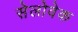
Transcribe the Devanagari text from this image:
सेलोवेक